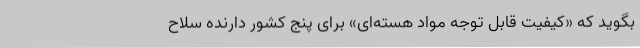
بگوید که «کیفیت قابل توجه مواد هسته‌ای» برای پنج کشور ‌دارنده سلاح